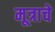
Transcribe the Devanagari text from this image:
मूत्राचे